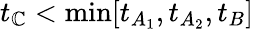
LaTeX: t_{\mathbb{C}}<\mathrm{{min}}[t_{A_{1}},t_{A_{2}},t_{B}]